Education (Scotland) Act, 1918, 1918
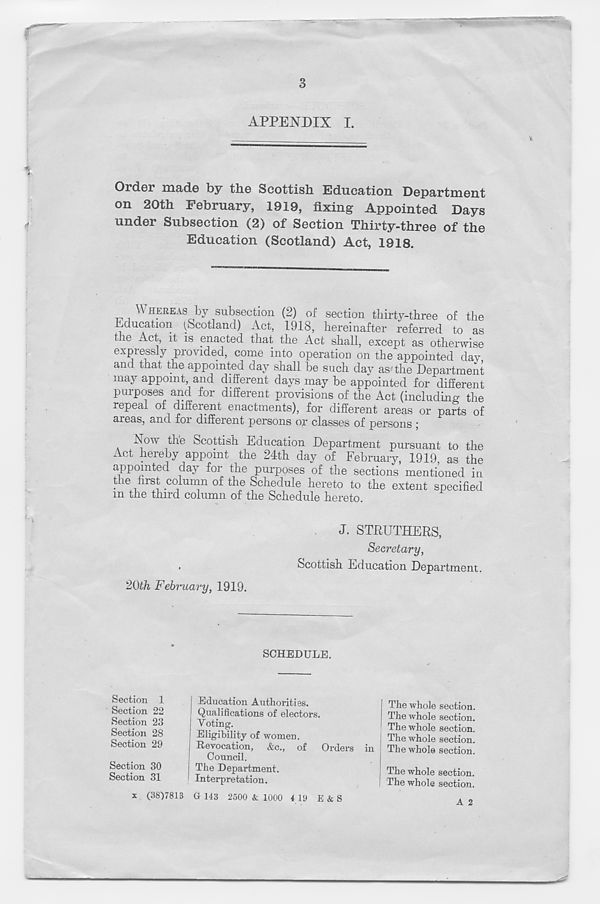
3
APPENDIX I.
Order made by the Scottish Education Department
on 20th February, 1919, fixing Appointed Days
under Subsection (2) of Section Thirty-three of the
Education (Scotland) Act, 1918.
WHEREAS by subsection (2) of section thirty-three of the
Education (Scotland) Act, 1918, hereinafter referred to as
t le Act, it is enacted that the Act shall, except as otherwise
expressly provided, come into operation on the appointed day
and that the appointed day shall be such day as the Department
may appoint and different days may be appointed for different
purposes and for different provisions of the Act (including the
repeal of different enactments), for different areas or parts of
aieas, and for different persons or classes of persons ;
Now the Scottish Education Department pursuant to the
Act hereby appoint the 24th day of February, 1919, as the
appointed day for the purposes of the sections mentioned in
the first column of the Schedule hereto to the extent specified
m the third column of the Schedule hereto.
J. STRUTHERS,
Secretary,
Scottish Education Department.
20th February, 1919.
SCHEDULE.
Section 1
Section 22
Section 23
Section 28
Section 29
22
rsi
23
Voting.
28
Eligibility of women.
29
Revocation, &c., of Orders
Council.
30
The Department.
31
Interpretation.
in | The whole section.
The whole section.
The whole section.
The whole section.
The whole section.
Section 30
Section 31
| The whole section.
I The whole section.
x (38)7813 G 143 2500 & 1000 4 19 E & S
A 2